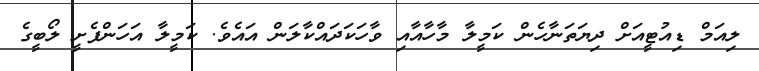
ލިއަމް ޑިއުޓީއަށް ދިޔަތަނާހެން ކަމީލާ މާހާއާއި ވާހަކަދައްކާލަން އައެވެ. ކަމީލާ އަހަންފެށީ ލޯބީގެ